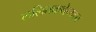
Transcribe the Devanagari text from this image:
ललितकथेच्याच